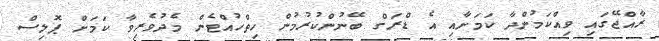
ރާއްޖޭގައި ވިއްކަމުންދާ ކަމަށާއި އެ ޑްރަގް ބޭނުންކުރުމުން ހިތްހުއްޓެން މެދުވެރިވާ ކަމަށް ޕޮލިސް